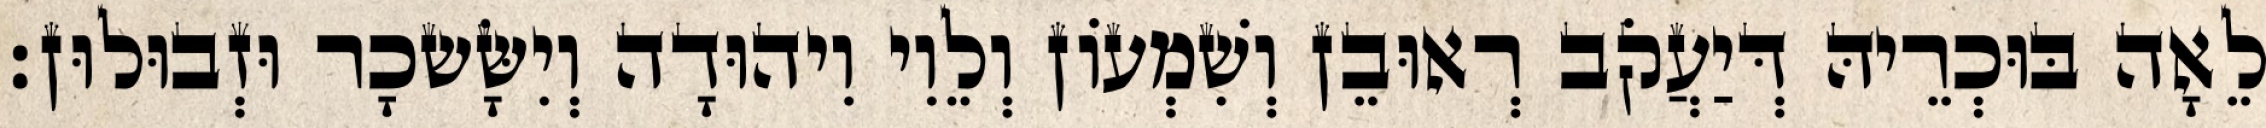
לֵאָה בּוּכְרֵיהּ דְּיַעֲקֹב רְאוּבֵן וְשִׁמְעוֹן וְלֵוִי וִיהוּדָה וְיִשָּׂשכָר וּזְבוּלוּן׃